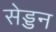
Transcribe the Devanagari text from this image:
सेड्डन